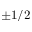
\pm 1 / 2